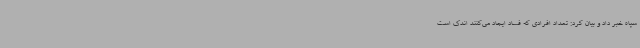
سپاه خبر داد و بیان کرد: تعداد افرادی که فساد ایجاد می‌کنند اندک است